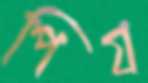
পিয